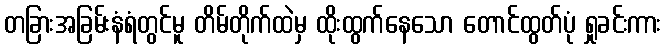
တခြားအခြမ်းနံရံတွင်မူ တိမ်တိုက်ထဲမှ ထိုးထွက်နေသော တောင်ထွတ်ပုံ ရှုခင်းကား